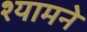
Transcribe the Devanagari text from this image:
श्यामने